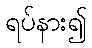
ရပ်နား၍